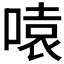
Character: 𪡫